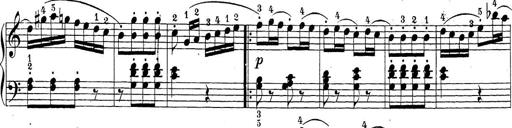
Title: Sonatina Album
Composer: Louis KÃ¶hler